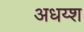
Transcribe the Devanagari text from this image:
अधय्श